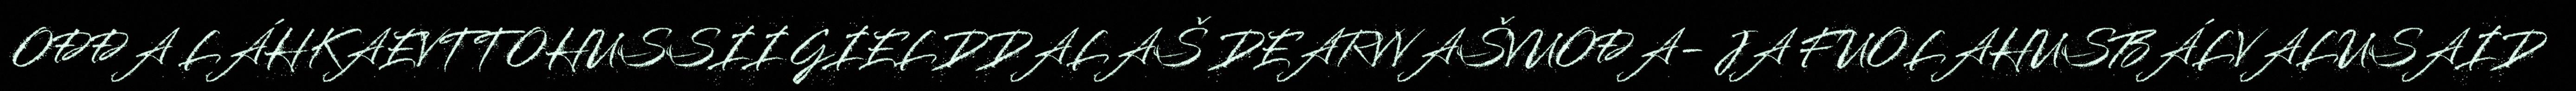
OĐĐA LÁHKAEVTTOHUSSII GIELDDALAŠ DEARVVAŠVUOĐA- JA FUOLAHUSBÁLVALUSAID